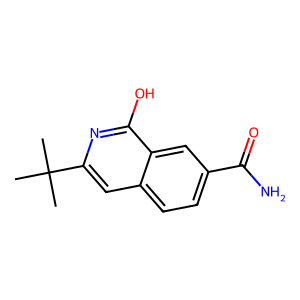
SMILES: CC(C)(C)c1cc2ccc(C(N)=O)cc2c(O)n1
Inhibits HIV replication: No